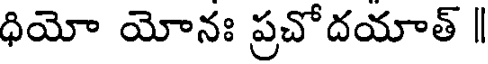
ధియో యోనః ప్రచోదయాత్ |